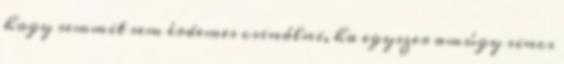
hogy semmit sem érdemes csinálni, ha egyszer amúgy sincs